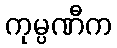
ကုမ္ပဏီက